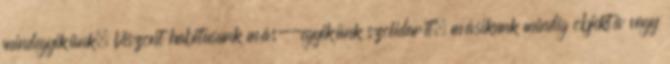
mindegyikünk. Viszont habitusunk más--egyikünk szolidarít, másikunk mindig objektív vagy